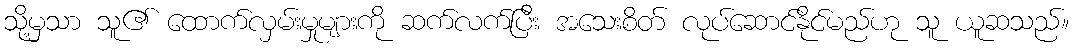
သို့မှသာ သူ၏ ထောက်လှမ်းမှုများကို ဆက်လက်ပြီး အသေးစိတ် လုပ်ဆောင်နိုင်မည်ဟု သူ ယူဆသည်။